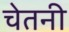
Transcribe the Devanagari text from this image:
चेतनी